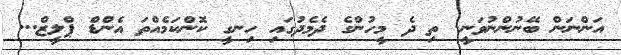
އަންނަން ބޭނުންނުވަނީ. ތި ދެ މީހުންގެ ދެމެދުގައި ހިނގީ ކޮންކަމެއްތަ އެންޑް ޕްލީޒް...